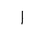
Letter: _alif